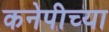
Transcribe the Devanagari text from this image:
कनेपीच्या